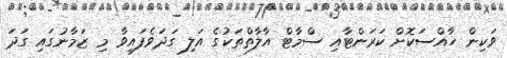
ވަކިން ހާއްސަކޮށް ކަރަންޓާއި ސްމާޓް އާލާތްތަކުގެ އަލި ގަދަވެފައިވާ މި ޒަމާނުގައި ގަދަ